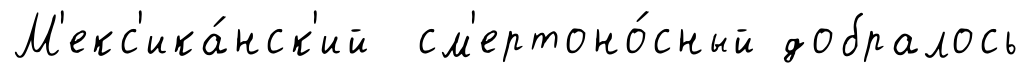
М'екс'ика́нск'ий см'ертоно́сный добралось